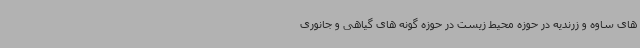
های ساوه و زرندیه در حوزه محیط زیست در حوزه گونه های گیاهی و جانوری